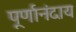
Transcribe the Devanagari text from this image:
पूर्णानंदाय